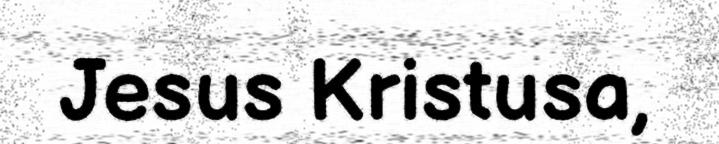
Jesus Kristusa,